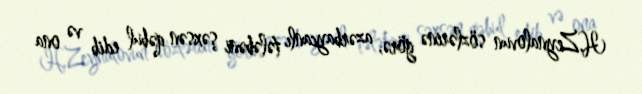
H.Zeynalovun sözlərinə görə, azərbaycanlı tələbəni şəxsən qəbul edib və ona